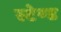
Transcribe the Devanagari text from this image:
स्‍टेण्‍ड